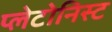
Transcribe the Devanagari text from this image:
प्लेटोनिस्ट